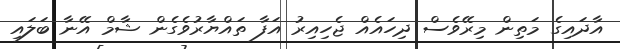
އާދައިގެ މަތިން މިރޭވެސް ދިހައެއް ޖެހިއިރު އަފާ ތައްޔާރުވެގެން ޝާމް އޭނާ ބަލައި